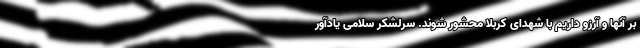
بر آنها و آرزو داریم با شهدای کربلا محشور شوند. سرلشکر سلامی یادآور